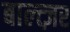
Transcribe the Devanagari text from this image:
बाल्त्ज़र